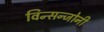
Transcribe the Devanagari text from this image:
विन्सन्जोनी